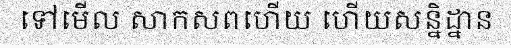
ទៅមើល សាកសពហើយ ហើយសន្និដ្នាន